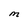
Character: M